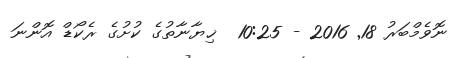
ނޮވެމްބަރު 18